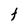
Character: t